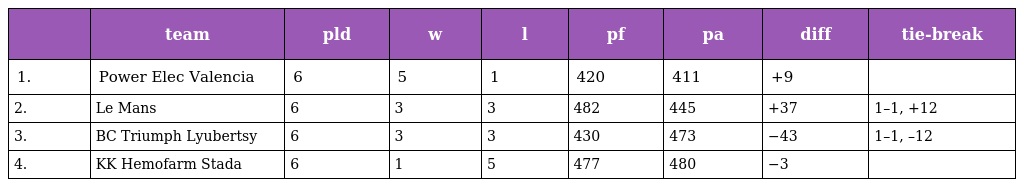
|  | team | pld | w | l | pf | pa | diff | tie-break |
 | --- | --- | --- | --- | --- | --- | --- | --- | --- |
 | 1. | Power Elec Valencia | 6 | 5 | 1 | 420 | 411 | +9 |  |
 | 2. | Le Mans | 6 | 3 | 3 | 482 | 445 | +37 | 1–1, +12 |
 | 3. | BC Triumph Lyubertsy | 6 | 3 | 3 | 430 | 473 | −43 | 1–1, –12 |
 | 4. | KK Hemofarm Stada | 6 | 1 | 5 | 477 | 480 | −3 |  |